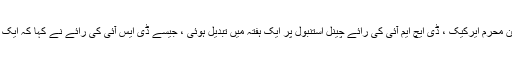
سی ایچ پی کے ڈپٹی چیئرمین محرم ایرکیک ، ڈی ایچ ایم آئی کی رائے چینل استنبول پر ایک ہفتہ میں تبدیل ہوئی ، جیسے ڈی ایس آئی کی رائے نے کہا کہ ایک بڑے خطرے کی رائے ہے۔